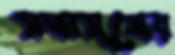
সভাসূত্রের